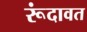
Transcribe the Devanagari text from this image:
रूंदावत